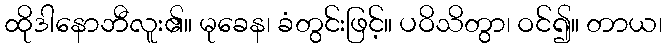
ထိုဒါနောဘီလူး၏။ မုခေန၊ ခံတွင်းဖြင့်။ ပဝိသိတွာ၊ ဝင်၍။ တာယ၊